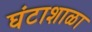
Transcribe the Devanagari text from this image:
घंटाशाळा